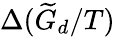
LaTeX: \Delta(\widetilde{G}_{d}/T)